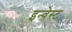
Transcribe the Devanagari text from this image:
इन्वेस्ट